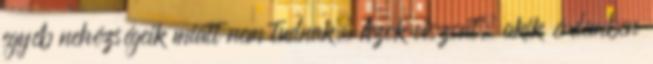
egyéb nehézségeik miatt nem tudnak. Azok viszont, akik érdemben